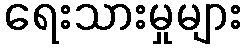
ရေးသားမှုများ